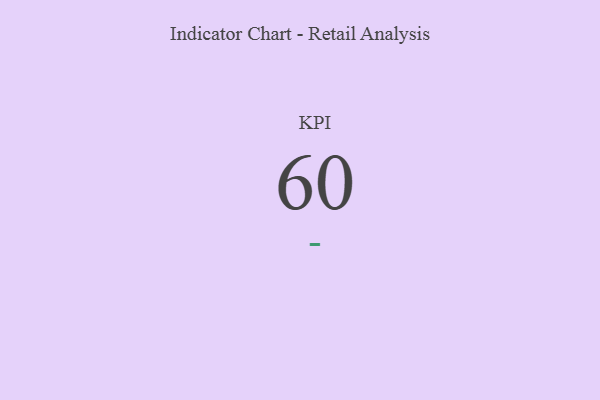
{"axis": {"x": "KPI", "y": "Value"}, "legend": [""], "data": [{"x": "KPI", "y": 60, "type": ""}]}